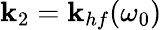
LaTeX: \mathbf{k}_{2}=\mathbf{k}_{hf}(\omega_{0})